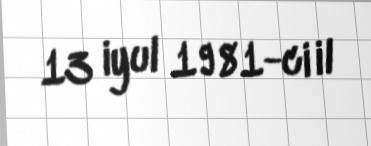
13 iyul 1981-ci il